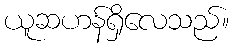
ယူဆဟန်ရှိလေသည်။